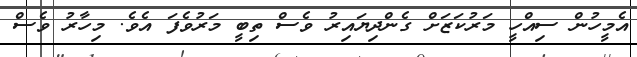
އެމީހުން ސިއްހީ މަރުކަޒަށް ގެންދިޔައިރު ވެސް ތިބީ މަރުވެފަ އެވެ. މިހާރު ވެސް